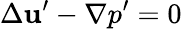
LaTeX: \Delta\mathbf{u}^{\prime}-\nabla p^{\prime}=0